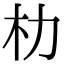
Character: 朸